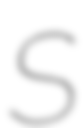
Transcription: S